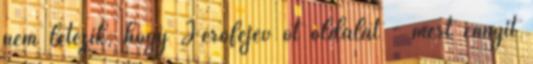
nem létezik, hogy Jerofejev öt oldalát - mert ennyit